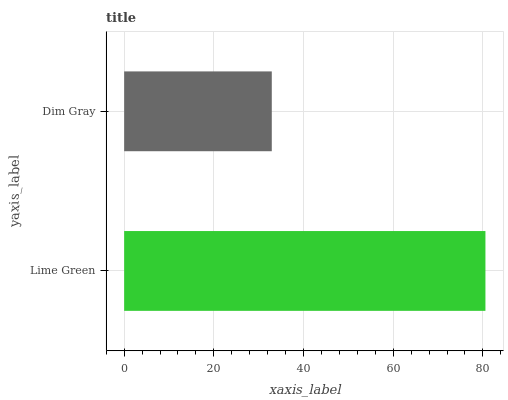
| yaxis_label | bars |
 | --- | --- |
 | Lime Green | 80.6 |
 | Dim Gray | 32.9 |